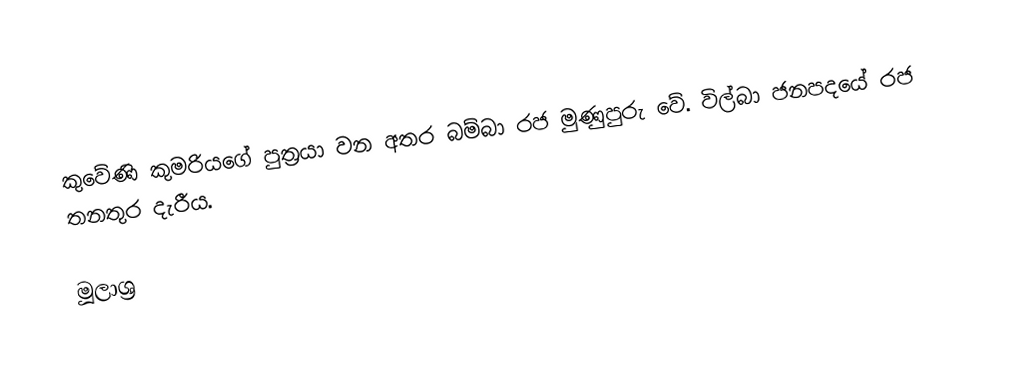
කුවේණි කුමරියගේ පුත්‍රයා වන අතර බම්බා රජ මුණුපුරු වේ. විල්බා ජනපදයේ රජ තනතුර දැරීය.

මූලාශ්‍ර